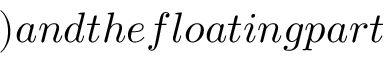
) a n d t h e f l o a t i n g p a r t